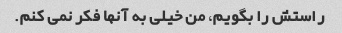
راستش را بگویم، من خیلی به آنها فکر نمی کنم.